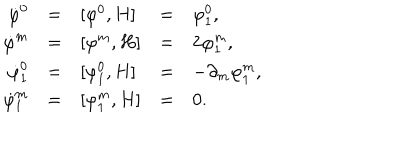
LaTeX: \begin{array} { r c l c l } { { \dot { \varphi } ^ { 0 } } } & { { = } } & { { [ \varphi ^ { 0 } , H ] } } & { { = } } & { { \varphi _ { 1 } ^ { 0 } , } } \\ { { \dot { \varphi } ^ { m } } } & { { = } } & { { [ \varphi ^ { m } , H ] } } & { { = } } & { { 2 \varphi _ { 1 } ^ { m } , } } \\ { { \dot { \varphi } _ { 1 } ^ { 0 } } } & { { = } } & { { [ \varphi _ { 1 } ^ { 0 } , H ] } } & { { = } } & { { - \partial _ { m } \varphi _ { 1 } ^ { m } , } } \\ { { \dot { \varphi } _ { 1 } ^ { m } } } & { { = } } & { { [ \varphi _ { 1 } ^ { m } , H ] } } & { { = } } & { { 0 . } } \\ \end{array}